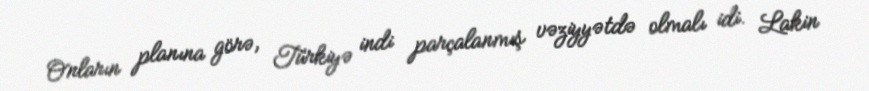
Onların planına görə, Türkiyə indi parçalanmış vəziyyətdə olmalı idi. Lakin